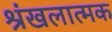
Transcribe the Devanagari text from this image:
श्रंखलात्मक